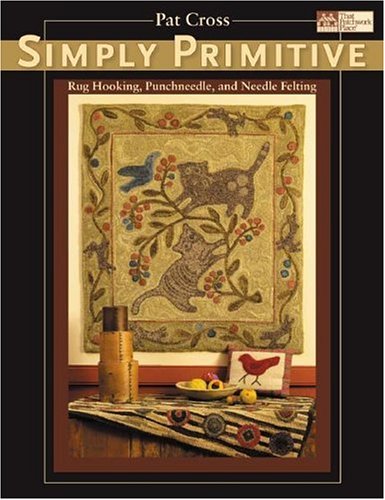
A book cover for Simply Primitive: Rug Hooking, Punchneedle, and Needle Felting (That Patchwork Place); Pat Cross; Crafts, Hobbies & Home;